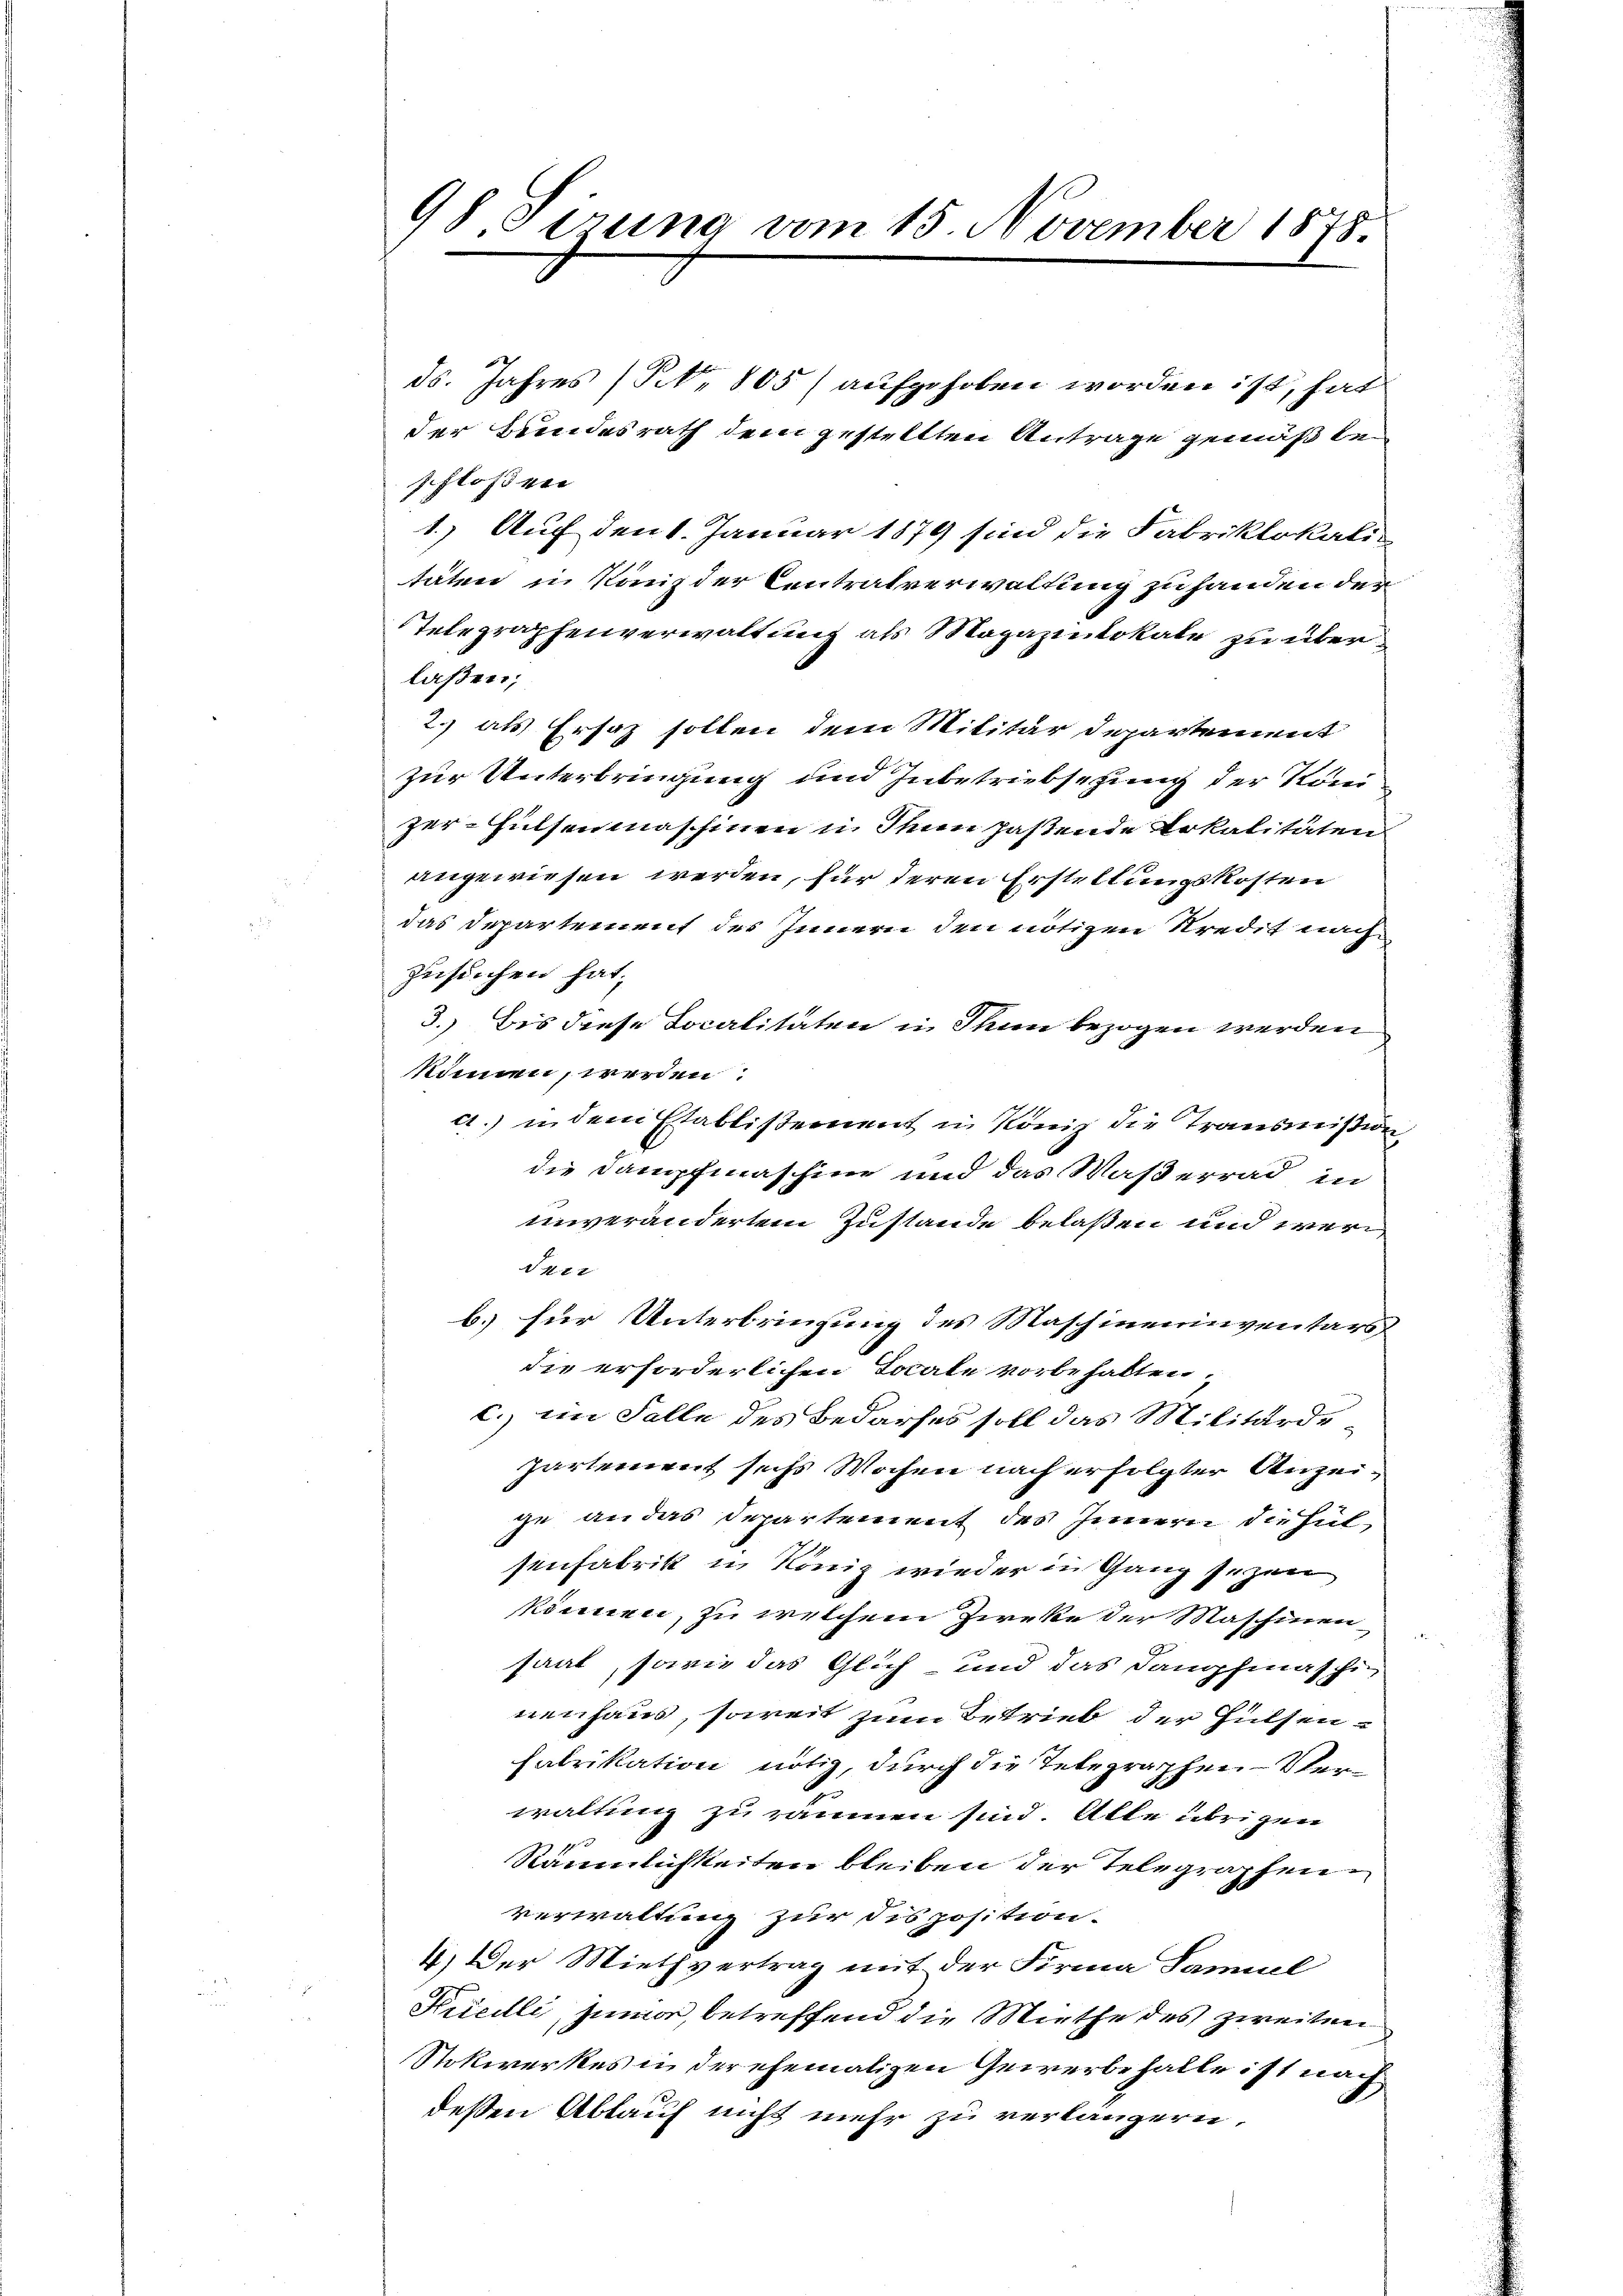
98 Sirung vom 15. November 1878.

ds. Jahres (§ 805) aufgehoben worden ist, hat
der Bundesrath dem gestellten Antrage gemäß bei
schloßen
1.) Auf den 1. Januar 1879 sind die Fabriklokalis
täten in Kanz der Centralverwaltung zu handen der
Telegraphenverwaltung als Magazintokale zu überlaßen;
2.) als Ersatz sollen dem Militär departement
zur Unterbringung und Inbetriebsezung der Köni
zer-Hülsenmaschinen u. den hastende Lokalitäten
angewiesen werden, für deren Erstellungskosten
das Departement des Innern den nötigen Kredit nach
zusuchen hat,
3.) Bis diese Localitäten u. Thun bezogen werden
können, werden.
d.) in dem Etablissement in König die Transmißion,
die Dampfmaschine und das Waßerrad in
unverändertem Zustande belaßen und werd
 412
b.) für Unterbringung des Maschineinventars
die erforderlichen Locale vorbehalten.
c. im Falle des Bedarfes soll das Militärdepartement sechs Wochen nach erfolgter Anzeige an das Departement des Innern die Hulsenfabrik in König wieder in Gang sezen
können, zu welchem Zirke der Maschinen
saat, sowie das Glich- und das Dampfmaschi
nenhaus, soweit zum Betrieb der Hülsen-
Fabrikation nötig, durch die Telegraphen-Verwaltung zu räumen sind. Alle übrigen
f
Räumlichkeiten bleiben der Telegraphen
verwaltung zur Disposition.
4.) Der Miethvertrag mit der Firma Samuel
Kricilli, zumar, betreffend die Miethe des zweiten
Stokwerkes in der ehemaligen Gewerbehalte ist nach
deßen Ablauf nicht mehr zu verlängern,